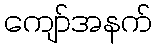
ကျော်အနက်